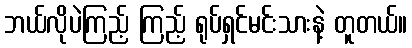
ဘယ်လိုပဲကြည့် ကြည့် ရုပ်ရှင်မင်းသားနဲ့ တူတယ်။